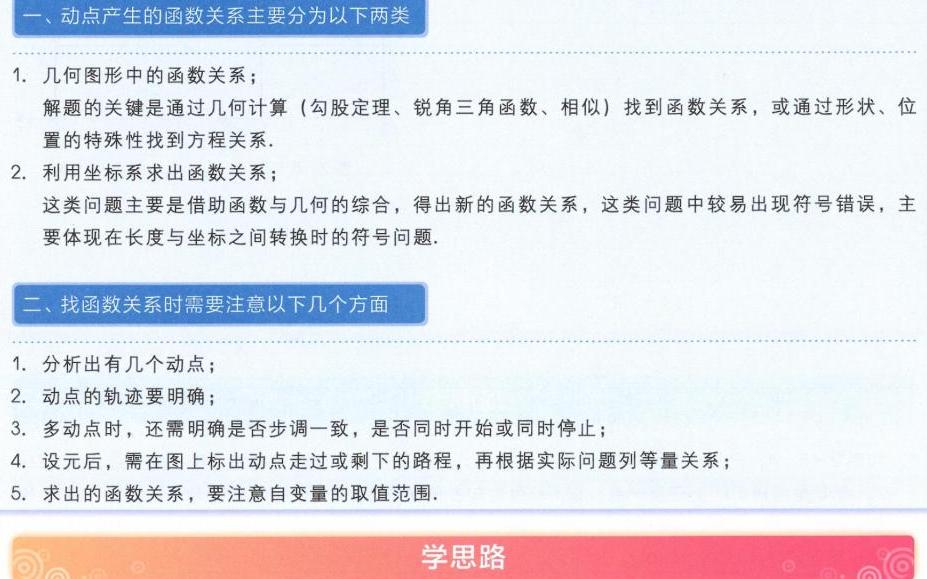
一、动点产生的函数关系主要分为以下两类
1. 几何图形中的函数关系；
解题的关键是通过几何计算 (勾股定理、锐角三角函数、相似) 找到函数关系，或通过形状、位置的特殊性找到方程关系.
2. 利用坐标系求出函数关系；
这类问题主要是借助函数与几何的综合，得出新的函数关系，这类问题中较易出现符号错误，主要体现在长度与坐标之间转换时的符号问题.
二、找函数关系时需要注意以下几个方面
1. 分析出有几个动点；
2. 动点的轨迹要明确；
3. 多动点时，还需明确是否步调一致，是否同时开始或同时停止；
4. 设元后，需在图上标出动点走过或剩下的路程，再根据实际问题列等量关系；
5. 求出的函数关系，要注意自变量的取值范围.
学思路